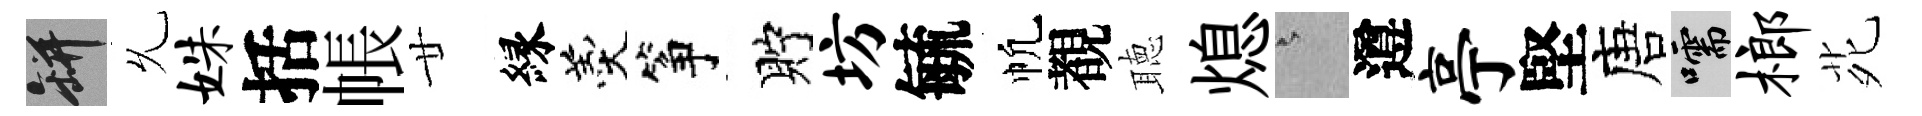
瓶𠃔姝括帳廿縁羹筝貯坊毓帆覩聴熄澹遵亭堅唐嚅榔𫟍